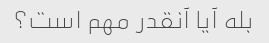
بله آیا آنقدر مهم است؟